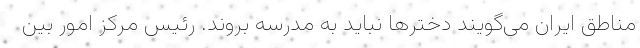
مناطق ایران می‌گویند دخترها نباید به مدرسه بروند. رئیس مرکز امور بین